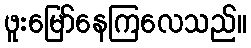
ဖူးမြော်နေကြလေသည်။